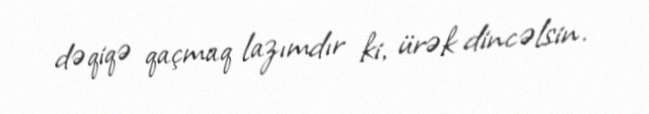
dəqiqə qaçmaq lazımdır ki, ürək dincəlsin.